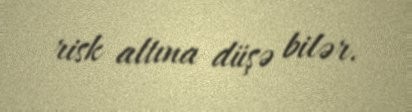
risk altına düşə bilər.